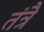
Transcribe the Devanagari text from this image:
तंत्रै